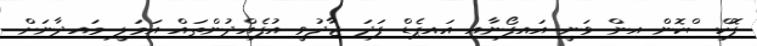
ފޮކްސްކޮން އިން ވަނީ އައިފޯނާއި އައިޕެޑް ފަދަ ޖާދުވީ އުފެއްދުންތައް އަމަލީ މައިދާނަށް